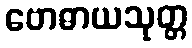
ဗောဓာယသုတ္တ